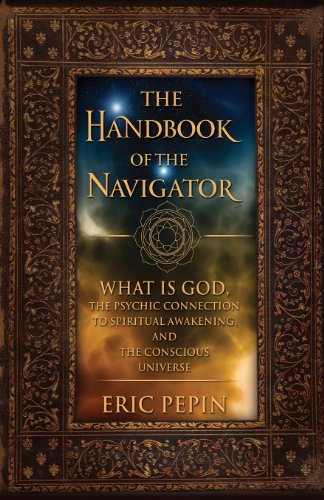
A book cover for The Handbook of the Navigator: What is God, the Psychic Connection to Spiritual Awakening, and the Conscious Universe; Eric Pepin; Self-Help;